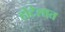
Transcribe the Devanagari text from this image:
होटेलात